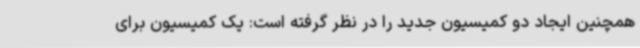
همچنین ایجاد دو کمیسیون جدید را در نظر گرفته است: یک کمیسیون برای